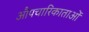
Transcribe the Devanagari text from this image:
औपचारिकाताओं